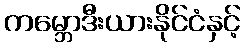
ကမ္ဘောဒီးယားနိုင်ငံနှင့်